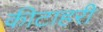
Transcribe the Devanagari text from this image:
कीटाहरी